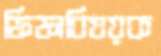
ফিফাবিষয়ক